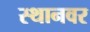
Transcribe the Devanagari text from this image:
स्थानवर